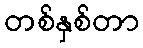
တစ်နှစ်တာ